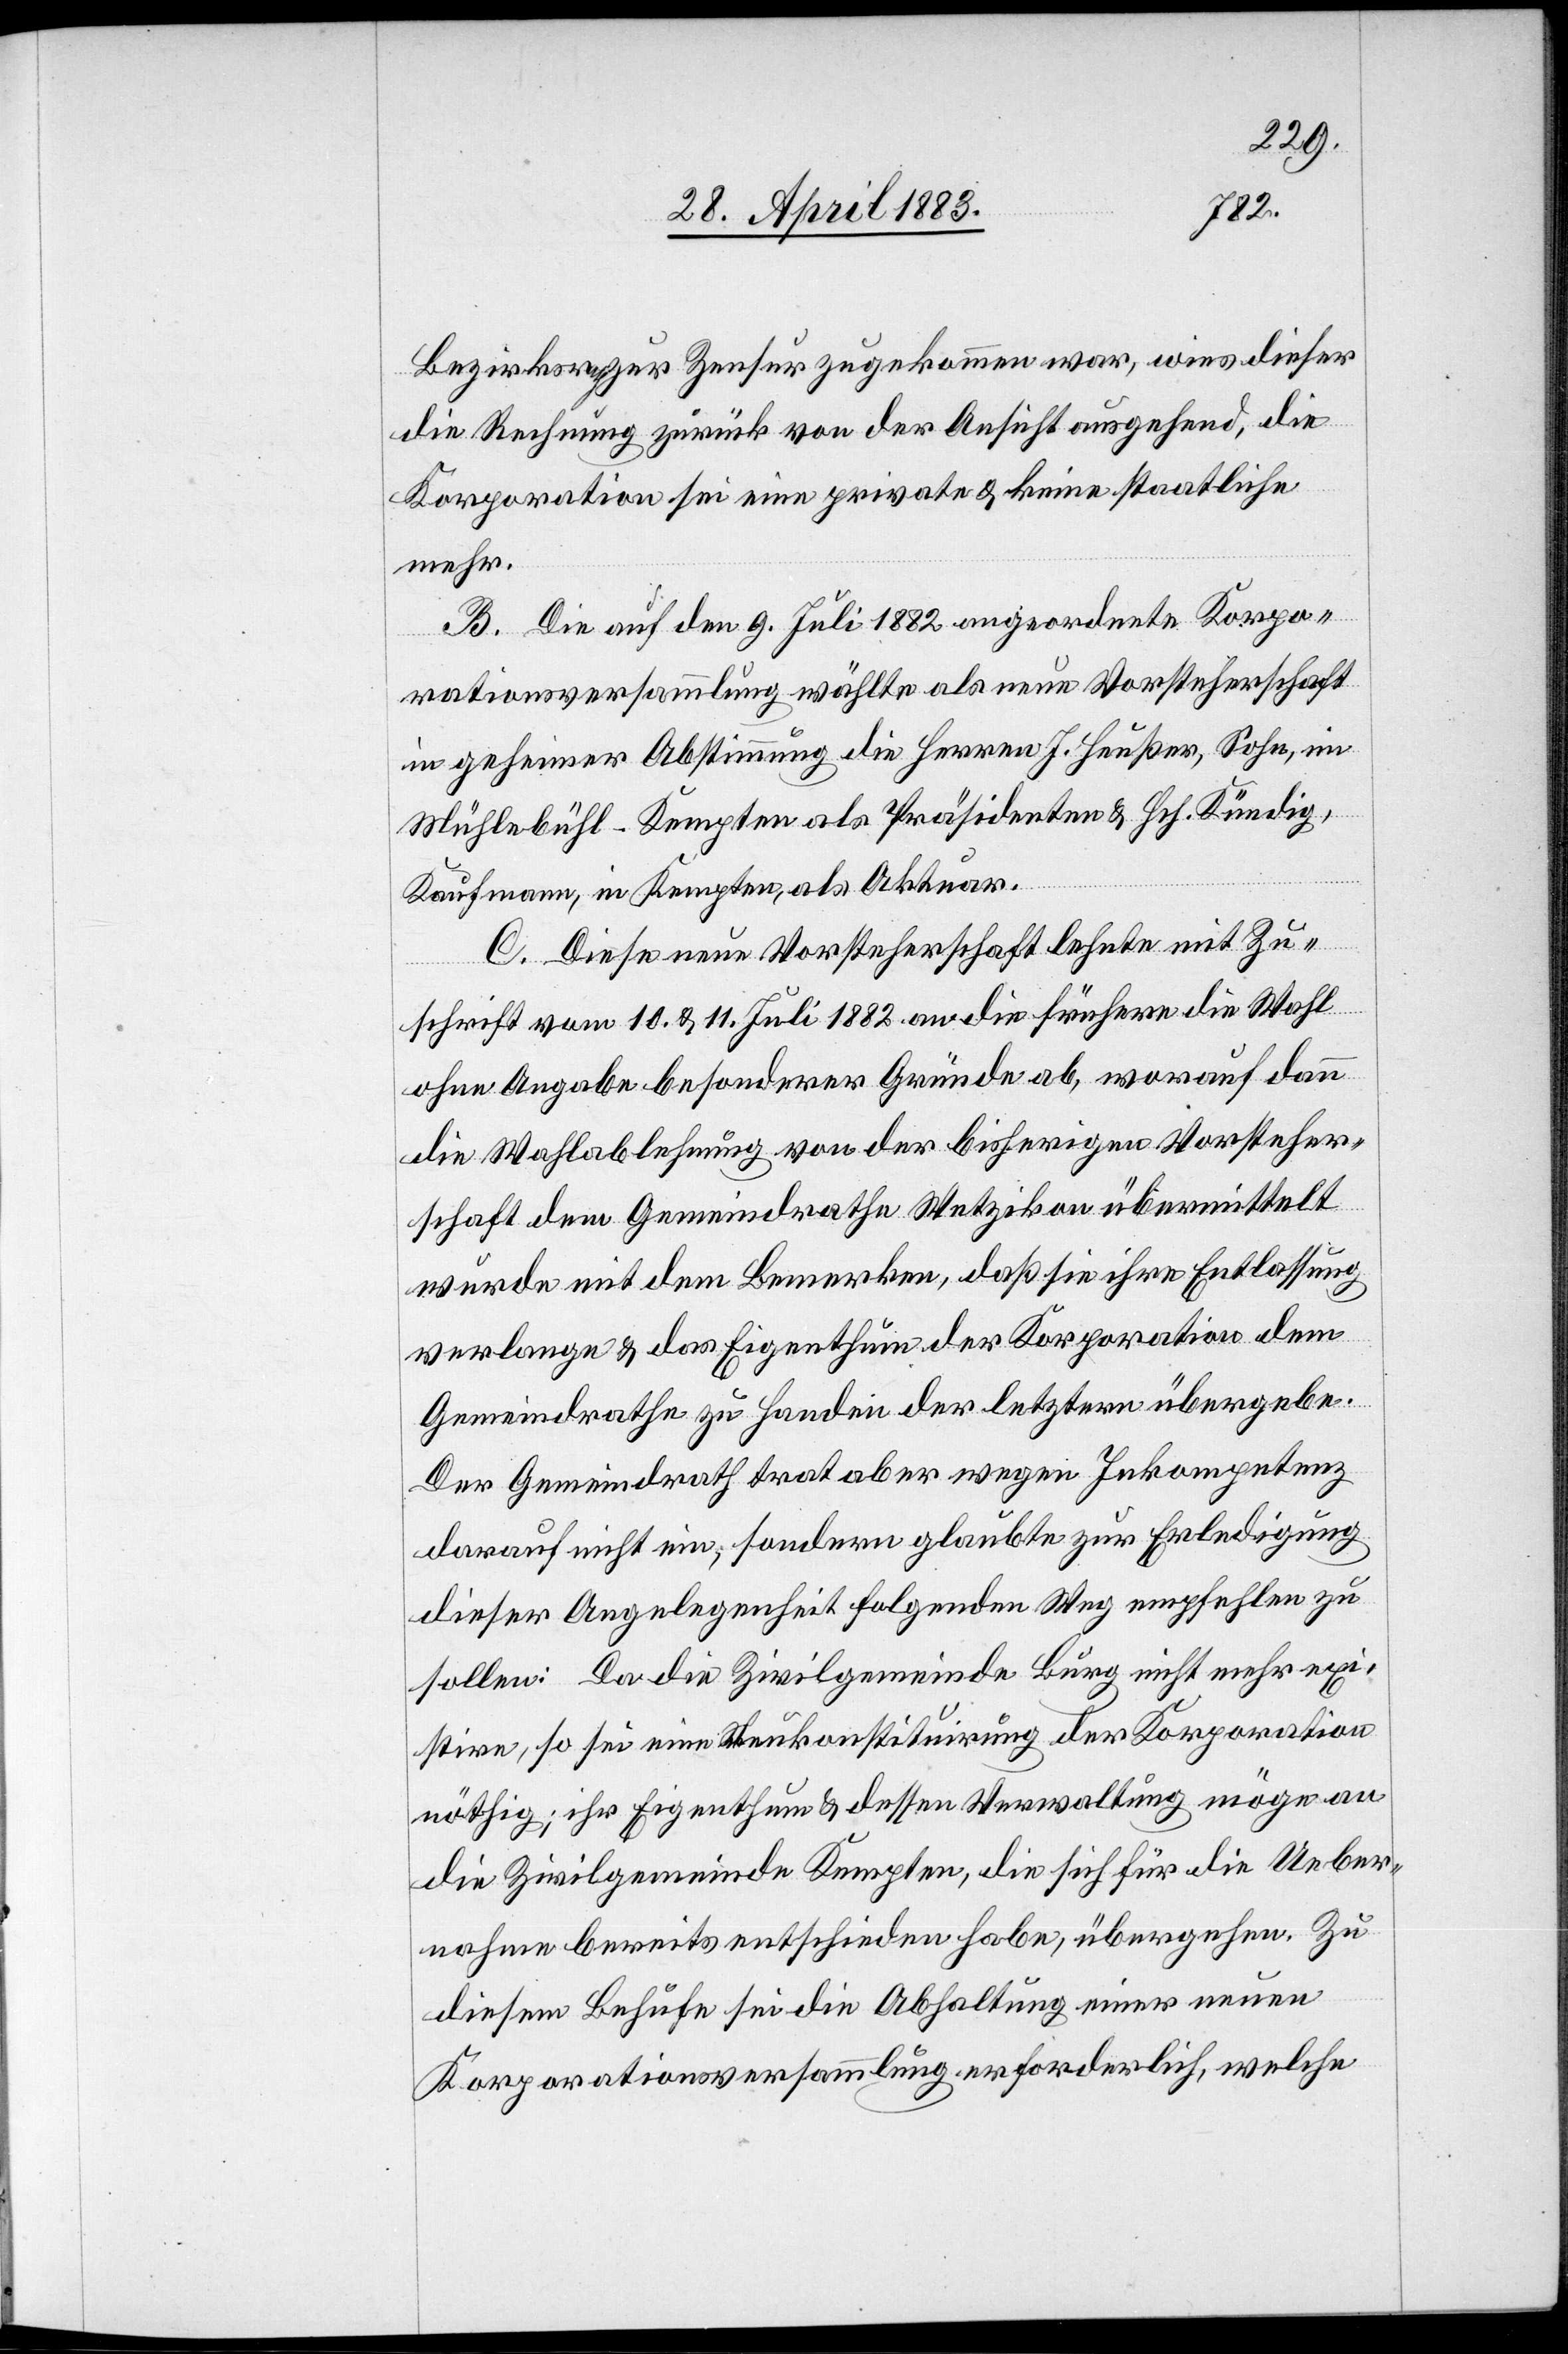
Bezirk zur Zensur zugekommen war, wies dieser
die Rechnung zurück von der Ansicht ausgehend, die
Korporation sei eine private & keine staatliche
mehr.
B. Die auf den 9. Juli 1882 angeordnete Korpo¬
rationsversammlung wählte als neue Vorsteherschaft
in geheimer Abstimmung die Herren J. Heußer, Sohn, im
Mühlebühl - Kempten als Präsidenten & Hch. Kündig,
Kaufmann, in Kempten, als Aktuar.
C. Diese neue Vorsteherschaft lehnte mit Zu¬
schrift vom 10. & 11. Juli 1882 an die Frühere die Wahl
ohne Angabe besonderer Gründe ab, worauf dann
die Wahlablehnung von der bisherigen Vorsteher¬
schaft dem Gemeindrathe Wetzikon übermittelt
wurde mit dem Bemerken, daß sie ihre Entlassung
verlange & das Eigenthum der Korporation dem
Gemeindrathe zu Handen der letztern übergebe.
Der Gemeindrath trat aber wegen Inkompetenz
darauf nicht ein, sondern glaubte zur Erledigung
dieser Angelegenheit folgenden Weg empfehlen zu
sollen: Da die Zivilgemeinde Burg nicht mehr exi¬
stire, so sei eine Neukonstituirung der Korporation
nöthig, ihr Eigenthum & dessen Verwaltung möge an
die Zivilgemeinde Kempten, die sich für die Ueber¬
nahme bereits entscheiden habe, übergehen. Zu
diesem Behufe sei die Abhaltung einer neuen
Korporationsversammlung erforderlich, welche